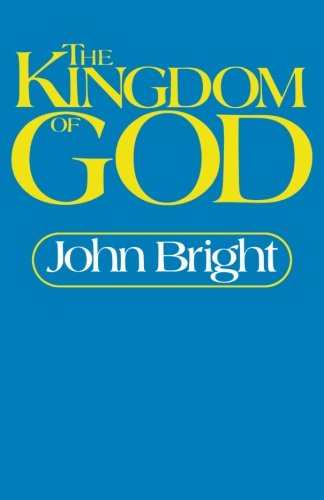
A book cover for The Kingdom of God; John Bright; Christian Books & Bibles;